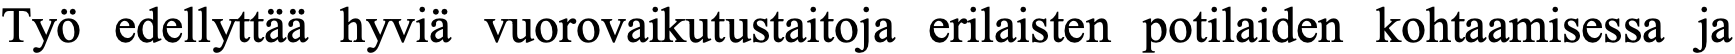
Työ edellyttää hyviä vuorovaikutustaitoja erilaisten potilaiden kohtaamisessa ja